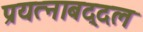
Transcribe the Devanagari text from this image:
प्रयत्नाबद्दल